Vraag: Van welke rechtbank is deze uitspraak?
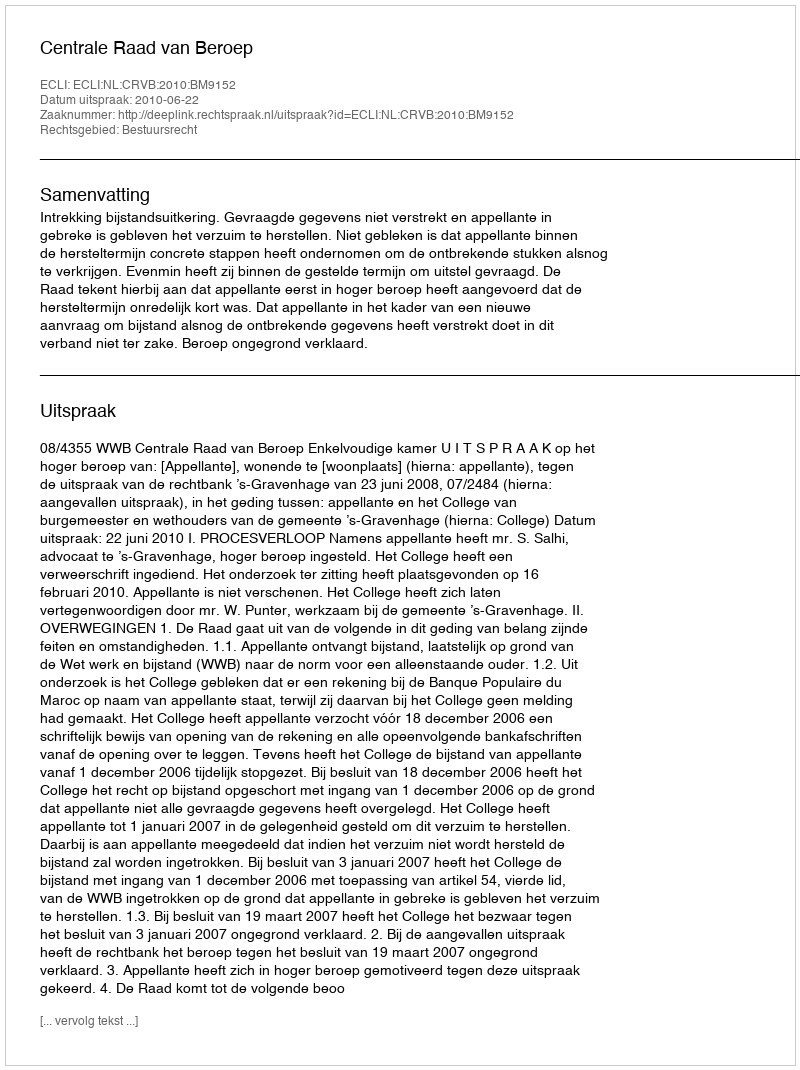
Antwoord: Centrale Raad van Beroep